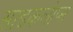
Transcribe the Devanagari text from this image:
साइकलोप्स